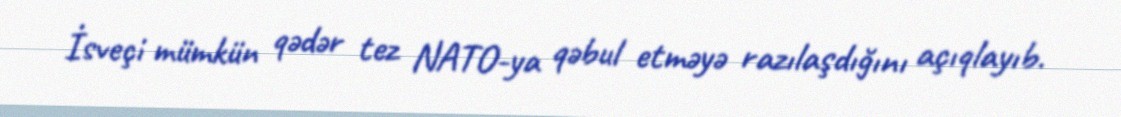
İsveçi mümkün qədər tez NATO-ya qəbul etməyə razılaşdığını açıqlayıb.